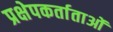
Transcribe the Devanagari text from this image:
प्रक्षेपकर्ताताओं